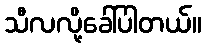
သီလလို့ခေါ်ပါတယ်။